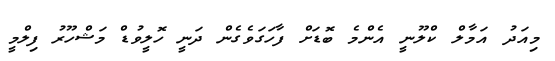
މިއަދު އަމާލް ކްލޫނީ އެންމެ ބޮޑަށް ފާހަގަވެގެން ދަނީ ހޮލީވުޑް މަޝްހޫރު ފިލްމީ